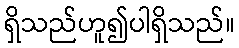
ရှိသည်ဟူ၍ပါရှိသည်။